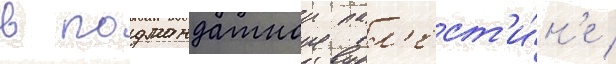
в подмандатнои пал'ест'и́н'е /